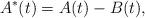
LaTeX: \begin{align*}A^{\ast}(t) = A(t) - B(t), \end{align*}